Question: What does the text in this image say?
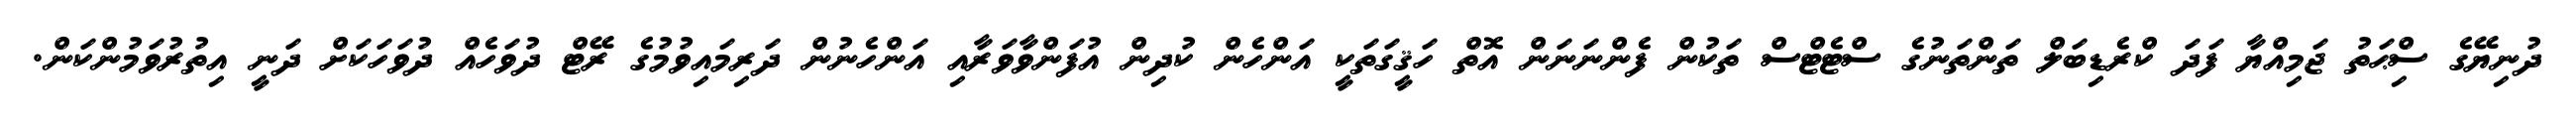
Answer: ދުނިޔޭގެ ސިްޙަތު ޖަމިއްޔާ ފަދަ ކްރެޑިބަލް ތަންތަނުގެ ސްޓެޓްސް ތަކުން ފެންނަނަން އޮތް ހަޤީގަތަކީ އަންހެން ކުދިން އުފަންވާވަރާއި އަންހެނުން ދަރިމައިވުމުގެ ރޭޓް ދުވަހެއް ދުވަހަކަށް ދަނީ އިތުރުވަމުންކަން.